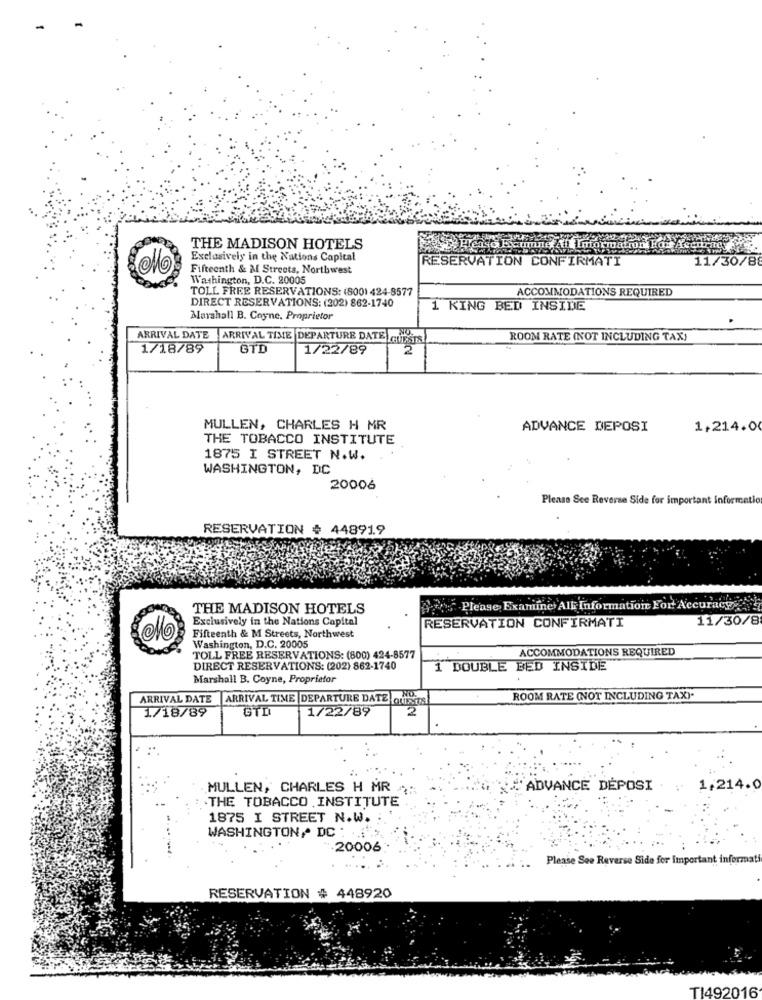
THE MADISON HOTELS
Exclusively in the Nations Capital
RESERVATION CONFIRMATI
11/30/8
Fifteenth & M Streets, Northwest
Washington, D.C. 20005
TOLL FREE RESERVATIONS: (800) 424-8577
ACCOMMODATIONS REQUIRED
DIRECT RESERVATIONS: (202) 862-1740
1 KING BED INSIDE
Marshall B. Coyne, Proprietor
ARRIVAL DATE ARRIVAL TIME DEPARTURE DATE GUTESIS
ROOM RATE (NOT INCLUDING TAX)
1/18/89
GTD
1/22/89
2
MULLEN, CHARLES H MR
ADVANCE DEPOSI
1,214.00
THE TOBACCO INSTITUTE
1875 I STREET N.W.
WASHINGTON, DC
20006
Please See Reverse Side for important Informatio
RESERVATION # 448919
THE MADISON HOTELS
Please, Examine+ All Information For Accuracy-
Exclusively in the Nations Capital
11/30/8
RESERVATION CONFIRMATI
OMO
Fifteenth & M Streets, Northwest
Washington, D.C. 20005
ACCOMMODATIONS REQUIRED
TOLL FREE RESERVATIONS: (800) 424-8577
DIRECT RESERVATIONS: (202) 862-1740
1 DOUBLE BED INSIDE
Marshall B. Coyne, Proprietor
ARRIVAL DATE
ARRIVAL TIME DEPARTURE DATE QUAIS
ROOM RATE (NOT INCLUDING TAX).
1/18/89
GTI
1/22/89
2
MULLEN, CHARLES H MR AR
"ADVANCE DEPOSI . .
1,214.0
.THE TOBACCO INSTITUTE
1875 I STREET N.W.
WASHINGTON, DC :
-20006
Please See Reverse Side for important informat
RESERVATION # 448920
TI492016